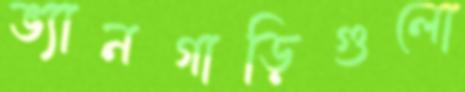
ভ্যানগাড়িগুলো